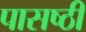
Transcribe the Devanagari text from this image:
पासष्ठी